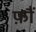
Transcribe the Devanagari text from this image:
फ़ौं